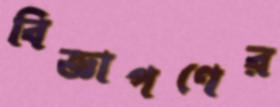
বিজ্ঞাপণের